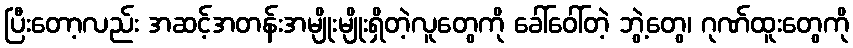
ပြီးတော့လည်း အဆင့်အတန်းအမျိုးမျိုးရှိတဲ့လူတွေကို ခေါ်ဝေါ်တဲ့ ဘွဲ့တွေ၊ ဂုဏ်ထူးတွေကို